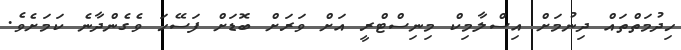
ހިދުމަތްތައް ދިނުމަށް އިސްލާމިކް މިނިސްޓްރީ އަށް ވަރަށް ބޮޑަށް ފަސޭހަ ވެގެންދާނެ ކަމަށެވެ.